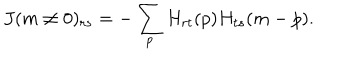
LaTeX: J ( m \ne 0 ) _ { r s } = - \sum _ { p } H _ { r t } ( p ) H _ { t s } ( m - p ) .